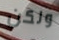
ولكن